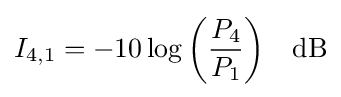
I_{4,1}=-10\log {\left({\frac {P_{4}}{P_{1}}}\right)}\quad {\rm {dB}}